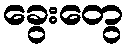
ခွေးတွေ